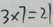
3 \times 7 = 2 1